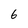
Character: 6